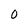
Character: 0